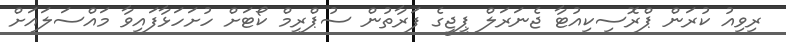
ރިވިއު ކުރަން ޕްރޮސިކިއުޓާ ޖެނަރަލް ޕީޖީގެ ފަރާތުން ސުޕްރީމް ކޯޓަށް ހުށަހަޅާފައިވާ މައްސަލައަށް